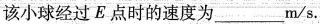
该小球经过E点时的速度为___m/s。